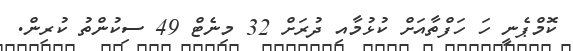
ކޮމްޕެނީ ހަ ހަފްތާއަށް ކުޅުމާއި ދުރަށް 32 މިނެޓް 49 ސިކުންތު ކުރިން.